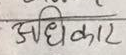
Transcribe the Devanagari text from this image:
अधिकार